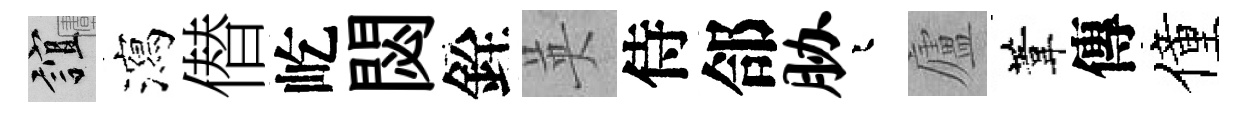
誼瀉僣屹閟銓英侍郃胁迢廬葦傳僮